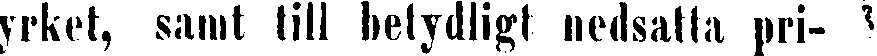
yrket, samt till betydligt nedsatta pri-